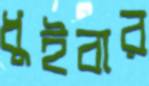
ধুইবার